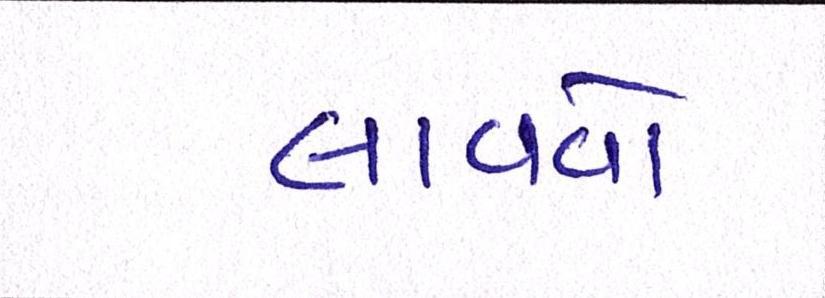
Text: લાવવો